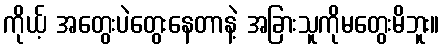
ကိုယ့် အတွေးပဲတွေးနေတာနဲ့ အခြားသူကိုမတွေးမိဘူး။